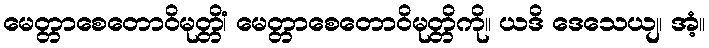
မေတ္တာစေတောဝိမုတ္တိံ၊ မေတ္တာစေတောဝိမုတ္တိကို။ ယဒိ ဒေသေယျ၊ အံ့။